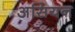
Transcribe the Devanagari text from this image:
असियन